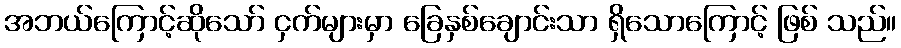
အဘယ်ကြောင့်ဆိုသော် ငှက်များမှာ ခြေနှစ်ချောင်းသာ ရှိသောကြောင့် ဖြစ် သည်။